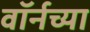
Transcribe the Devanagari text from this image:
वॉर्नच्या